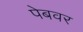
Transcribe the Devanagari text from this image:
पेबवर